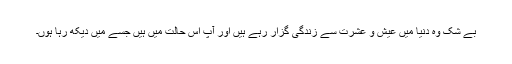
بے شک وہ دنیا میں عیش و عشرت سے زندگی گزار رہے ہیں اور آپ اِس حالت میں ہیں جسے میں دیکھ رہا ہوں۔